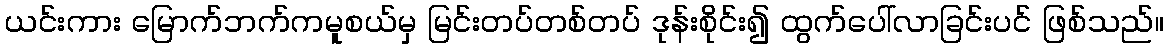
ယင်းကား မြောက်ဘက်ကမူစယ်မှ မြင်းတပ်တစ်တပ် ဒုန်းစိုင်း၍ ထွက်ပေါ်လာခြင်းပင် ဖြစ်သည်။